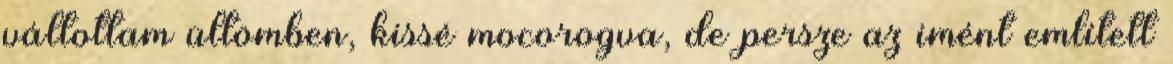
váltottam ültömben, kissé mocorogva, de persze az imént említett